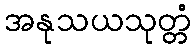
အနုသယသုတ္တံ